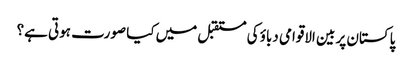
پاکستان پر بین الاقوامی دباؤ کی مستقبل میں کیا صورت ہوتی ہے؟